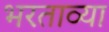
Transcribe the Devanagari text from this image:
भरताव्या